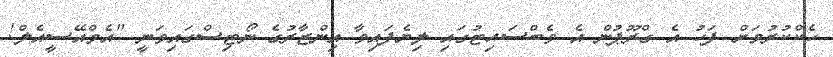
ހެކްކުރުމަށް ފަހު އެ ގްރޫޕުން އެ ވެބްސައިޓުގައި ލިޔެފައިވާ އިންޒާރުގެ ނޯޓިސްގައިވަނީ "އެމްއޭސީއެލް!